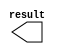
module con_1bit_1 (
	result);

	output	[0:0]  result;

endmodule